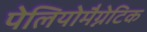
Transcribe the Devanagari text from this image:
पेलियोमैग्नेटिक